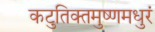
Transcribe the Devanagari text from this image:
कटुतिक्तमुष्णमधुरं